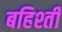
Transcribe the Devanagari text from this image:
बहिश्ती